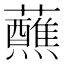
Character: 蘸